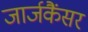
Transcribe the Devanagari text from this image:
जार्जकैंसर